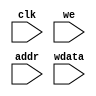
module segment_display(
    input clk, we,
    input [31:0] addr, wdata
    );

reg reset; //0x8000100A
reg [7:0] segments_num[3:0]; //0x80001000 - 0x80001007
reg [7:0] chouse_mod_seg_idx; //FF if mode not using (0x80001009)
reg [3:0] anode_idx; //active display idx 

function num_to_segments_decode;
    input [3:0] num;
    case(num)
        1'd0: num_to_segments_decode = 7'b1111110;
        1'd1: num_to_segments_decode = 7'b0110000;
        1'd2: num_to_segments_decode = 7'b1101101;
        1'd3: num_to_segments_decode = 7'b1111001;
        1'd4: num_to_segments_decode = 7'b0110011;
        1'd5: num_to_segments_decode = 7'b1011011;
        1'd6: num_to_segments_decode = 7'b1011111;
        1'd7: num_to_segments_decode = 7'b1000101;
        1'd8: num_to_segments_decode = 7'b1111111;
        1'd9: num_to_segments_decode = 7'b1111011;
        1'd10: num_to_segments_decode = 7'b1110111; //A
        1'd11: num_to_segments_decode = 7'b0011111; //B
        1'd12: num_to_segments_decode = 7'b1001110; //C
        1'd13: num_to_segments_decode = 7'b0111101; //D
        1'd14: num_to_segments_decode = 7'b1000111; //F
        default: num_to_segments_decode = 7'b0000001; //-
    endcase    
endfunction

wire [6:0] curr_segment_print = num_to_segments_decode((segments_num[anode_idx] >> anode_idx*4) & 4'b1111);//need external connection
reg [7:0] anodes;//need external connection (0x80001008)  
reg [3:0] chousen_num;
integer i;

//for sequential switching display parts
always @(negedge clk) begin
    if(!reset) begin
        anode_idx <= anode_idx + 1'b1; //    
        if(chouse_mod_seg_idx == anode_idx) begin //  
            chousen_num <= segments_num[anode_idx];
            segments_num[anode_idx] <= 7'b0;
            #1;
            //#500000000; // flashing 0.5s
            segments_num[anode_idx] <= chousen_num;
        end
    end
    else begin // 
        for(i=0; i < 8; i=i+1)
            segments_num[i] <= 4'b0;
        anodes = 8'b0;
        chouse_mod_seg_idx <= 8'b1;
    end
end

wire[3:0] local_addr  = addr[3:0]; //    ,   

//    :     ? 
always @(posedge clk) begin
    if(we) begin
        case(local_addr)
            1'hA: reset <= wdata[0];
            1'h9: chouse_mod_seg_idx = wdata[7:0];
            1'h8: anodes = wdata[7:0]; //(0x80001008)  
            default: begin //     
                if(local_addr <= 7 && local_addr >= 0)
                    segments_num[local_addr] = wdata[3:0];
            end
        endcase 
    
    end

end



endmodule